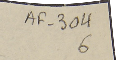
AF-304 6